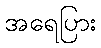
အရေပြား